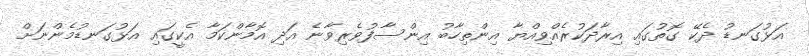
އަޅުގަނޑު ދެކޭ ގޮތުގައި އިރާދަކުރެއްވިއްޔާ އިންތިހާބު އިންސާފުވެރިވާނެ އަދި އޮމާންކަމާ އެކީގައި އަޅުގަނޑުމެންނަށް